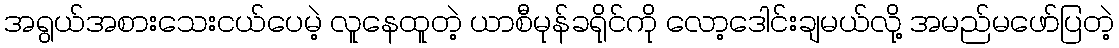
အရွယ်အစားသေးငယ်ပေမဲ့ လူနေထူတဲ့ ယာစီမုန်ခရိုင်ကို လော့ဒေါင်းချမယ်လို့ အမည်မဖော်ပြတဲ့